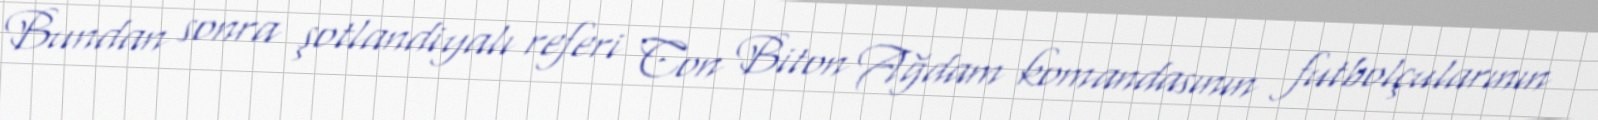
Bundan sonra şotlandiyalı referi Con Biton Ağdam komandasının futbolçularının